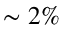
\sim 2 \%